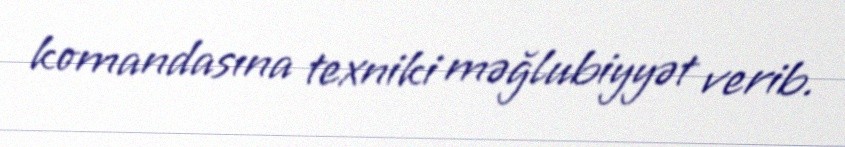
komandasına texniki məğlubiyyət verib.